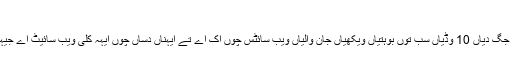
جان پچھانلکھو
حساب کتاب دے مطابق وکیپیڈيا جگ دیاں 10 وڈیاں سب توں بوہتیاں ویکھیاں جان والیاں ویب سائٹس چوں اک اے تے ایہناں دساں چوں ایہہ کلی ویب سائیٹ اے جیہڑی بغیر نفعے دے چل رہی اے۔